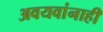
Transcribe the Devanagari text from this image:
अवयवांनाही